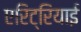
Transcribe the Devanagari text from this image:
एरिट्रियाई